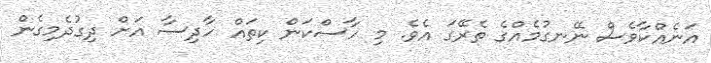
އަނެއްކާވެސް ނޭނގުމެއްގެ ތެރޭގަ އެވެ. މި ހާސްކަން ކިތައް ހާދިސާ އަށް ދިގުދެމިގެން